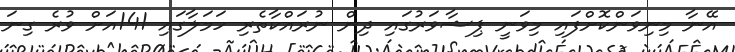
އޭނާ މިނިވަންކޮށްފައި މިވަނީ ޕިޝާވަރުގައި ދިން ނުރައްކާތެރި ހަމަލާގައި 141އަށް ވުރެ ގިނަ